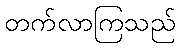
တက်လာကြသည်